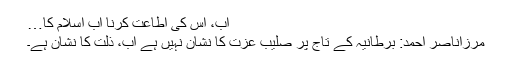
اب، اس کی اطاعت کرنا اب اسلام کا…
مرزاناصر احمد: برطانیہ کے تاج پر صلیب عزت کا نشان نہیں ہے اب، ذلت کا نشان ہے۔